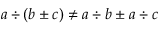
a \div ( b \pm c ) \neq a \div b \pm a \div c